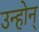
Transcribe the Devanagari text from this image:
उन्होन्